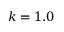
k = 1 . 0